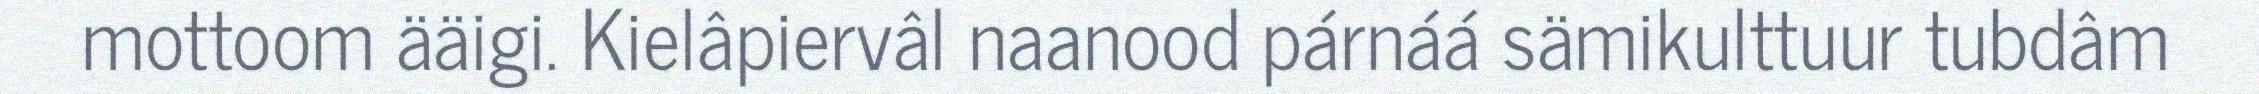
mottoom ääigi. Kielâpiervâl naanood párnáá sämikulttuur tubdâm